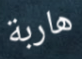
هاربة